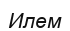
Илем